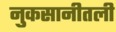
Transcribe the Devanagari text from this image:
नुकसानीतली